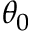
\theta _ { 0 }